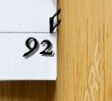
92